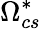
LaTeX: \Omega_{cs}^{*}